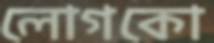
লোগকো